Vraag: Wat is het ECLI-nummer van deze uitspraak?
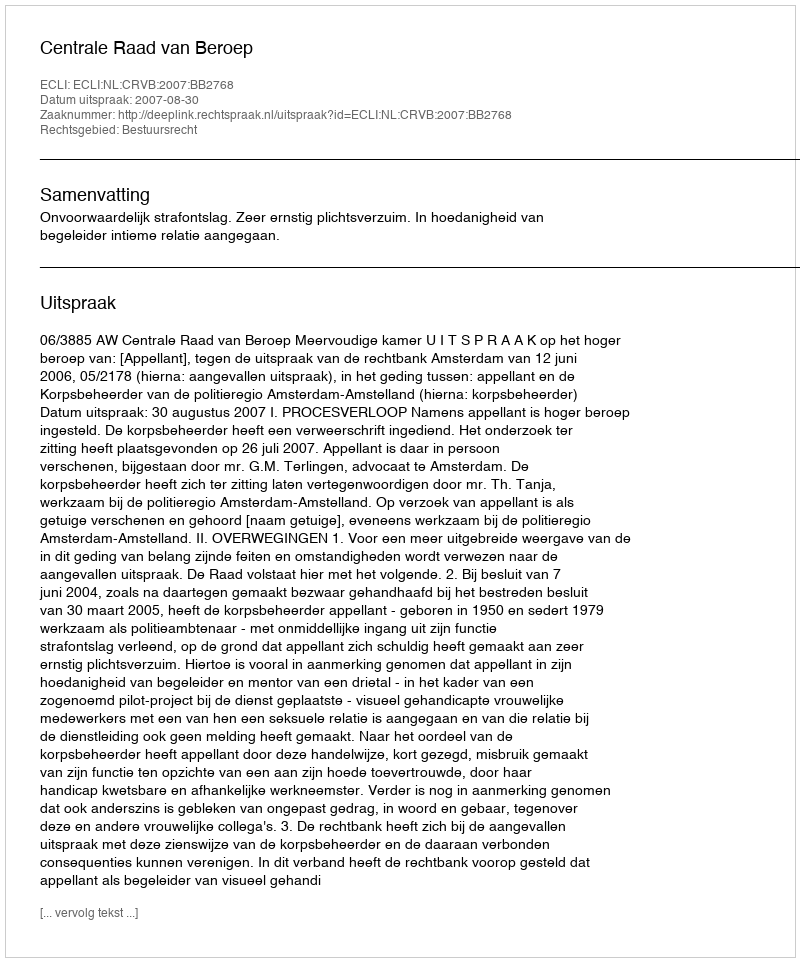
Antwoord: ECLI:NL:CRVB:2007:BB2768